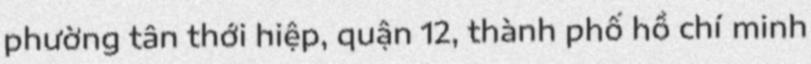
phường tân thới hiệp, quận 12, thành phố hồ chí minh